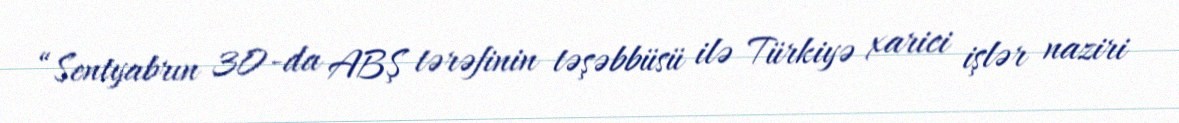
“Sentyabrın 30-da ABŞ tərəfinin təşəbbüsü ilə Türkiyə xarici işlər naziri